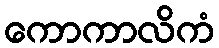
ကောကာလိကံ